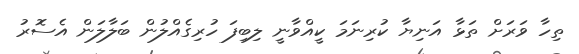
ތިހާ ވަރަށް ތަޅާ އަނިޔާ ކުރިނަމަ ކީއްވާނީ ލިބިފަ ހުރިގެއްލުން ބަލާލަން އެސޮރު